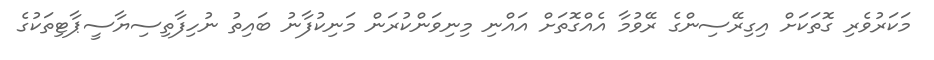
މަކަރުވެރި ގޮތަކަށް އިގިރޭސިންގެ ރޭވުމާ އެއްގޮތަށް އައްނި މިނިވަންކުރަން މަނިކުފާނު ބައިތު ނުހިފާތިސިޔާސީޕާޓިތަކުގެ